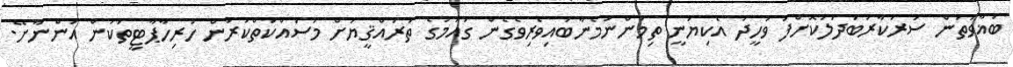
ބަޣާވަތުން ސަރުކާރުބަދަލުކޮށްފަ ވަހީދު އެކިޔަނީ ތިމަންނަމެނާބައިވެރިވެގެން ގައުމުގެ ތަރައްޤީޔަށް މަސައްކަތްކުރަން ހުރިހާޕާޓީތަކުން އަންނާށޭ.